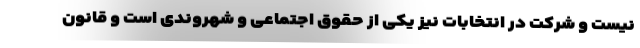
نیست و شرکت در انتخابات نیز یکی از حقوق اجتماعی و شهروندی است و قانون